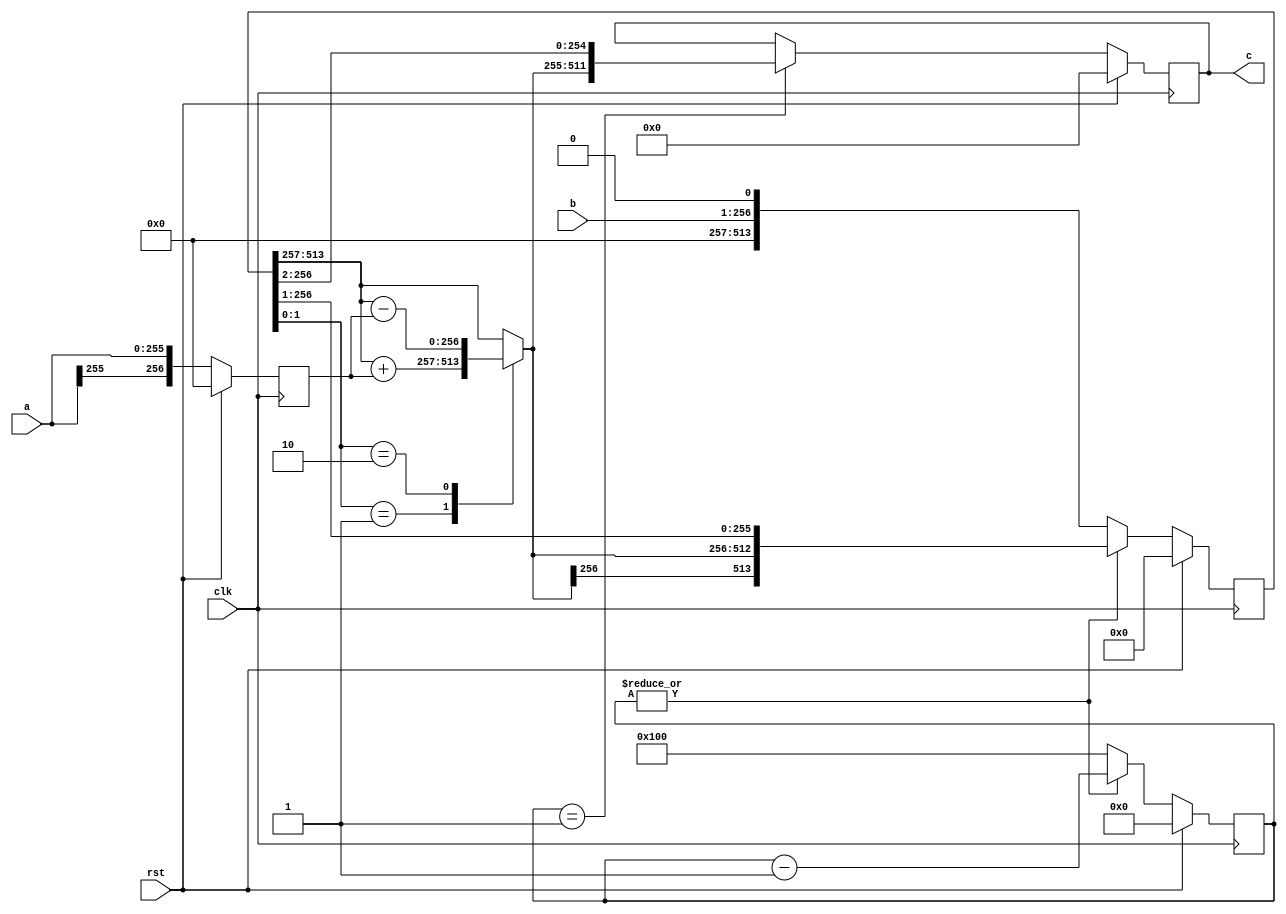
// TalTech large integer multiplier library
// Multiplier type: booth
// Parameters: 256 256 1
// Target tool: genus
module booth(clk, rst, a, b, c);
input clk;
input rst;
input [255:0] a;
input [255:0] b;
output reg [511:0] c;

// no pipeline vars

// Registers declaration 
reg  [256:0] mul_w_signguard;
reg  [8:0] count;
reg  [256:0] add_w_signguard;
reg  [513:0] mul_ab1;

// Step-1 of Booth Multiplier
always @(posedge clk) begin
	if (rst)
		count <= 9'd0;
	else if (|count)
		count <= (count - 1);
	else
		count <= 9'd256;
end

// Step-2 of Booth Multiplier
always @(posedge clk) begin
	if (rst)
		mul_w_signguard <= 256'd0;
	else
		mul_w_signguard <= {a[256 - 1], a};
end

// Step-3 of Booth Multiplier
always @(*) begin
	case (mul_ab1[1:0])
		2'b01     : add_w_signguard <= mul_ab1[513:257] + mul_w_signguard;
		2'b10     : add_w_signguard <= mul_ab1[513:257] - mul_w_signguard;
		default   : add_w_signguard <= mul_ab1[513:257];
	endcase
end

// Step-4 of Booth Multiplier
always @(posedge clk) begin
	if (rst)
		mul_ab1 <= 513'd0;
	else if (|count)
		mul_ab1 <= {add_w_signguard[256], add_w_signguard, mul_ab1[256:1]};
	else
		mul_ab1 <= {b, 1'b0};
end

// Step-5 of Booth Multiplier
always @(posedge clk) begin
	if (rst)
		c <= 511'd0;
	else if (count == 1)
		c <= {add_w_signguard[256], add_w_signguard, mul_ab1[256:2]};
end
endmodule